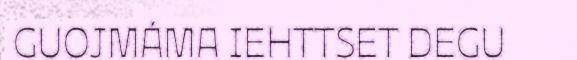
GUOJMÁMA IEHTTSET DEGU